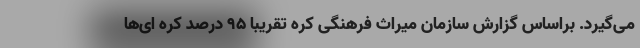
می‌گیرد. براساس گزارش سازمان میراث فرهنگی کره تقریبا 95 درصد کره ای‌ها